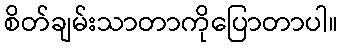
စိတ်ချမ်းသာတာကိုပြောတာပါ။